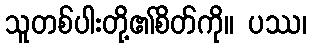
သူတစ်ပါးတို့၏စိတ်ကို။ ပဿ၊